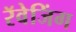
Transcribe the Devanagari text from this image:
रॅवेजिंग